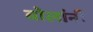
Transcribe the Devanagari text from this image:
बोलांनी